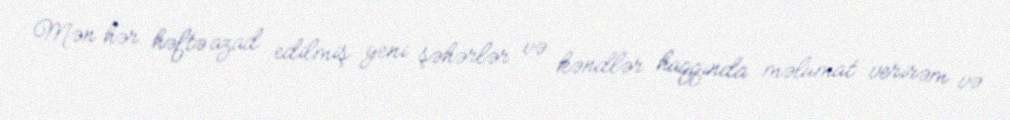
Mən hər həftə azad edilmiş yeni şəhərlər və kəndlər haqqında məlumat verirəm və